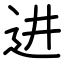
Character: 进